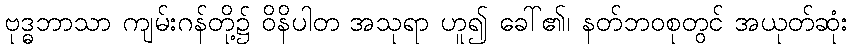
ဗုဒ္ဓဘာသာ ကျမ်းဂန်တို့၌ ဝိနိပါတ အသုရာ ဟူ၍ ခေါ်၏၊ နတ်ဘဝစုတွင် အယုတ်ဆုံး